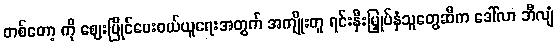
တစ်တော့ ကို ဈေးပြိုင်ပေးဝယ်ယူရေးအတွက် အကျိုးတူ ရင်းနှီးမြှုပ်နှံသူတွေဆီက ဒေါ်လာ ဘီလျံ